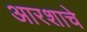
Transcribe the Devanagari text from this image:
आरशाचे